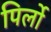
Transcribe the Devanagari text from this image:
पिर्लो